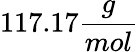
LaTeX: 117.17\frac{g}{mol}